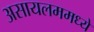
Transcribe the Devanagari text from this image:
असायलममध्ये